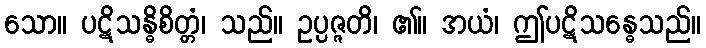
သော။ ပဋိသန္ဓိစိတ္တံ၊ သည်။ ဥပ္ပဇ္ဇတိ၊ ၏။ အယံ၊ ဤပဋိသန္ဓေသည်။